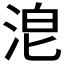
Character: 𣴡